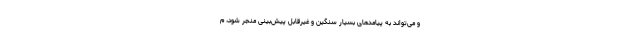
و می‌تواند به پیامدهای بسیار سنگین و غیرقابل پیش‌بینی منجر شود، م